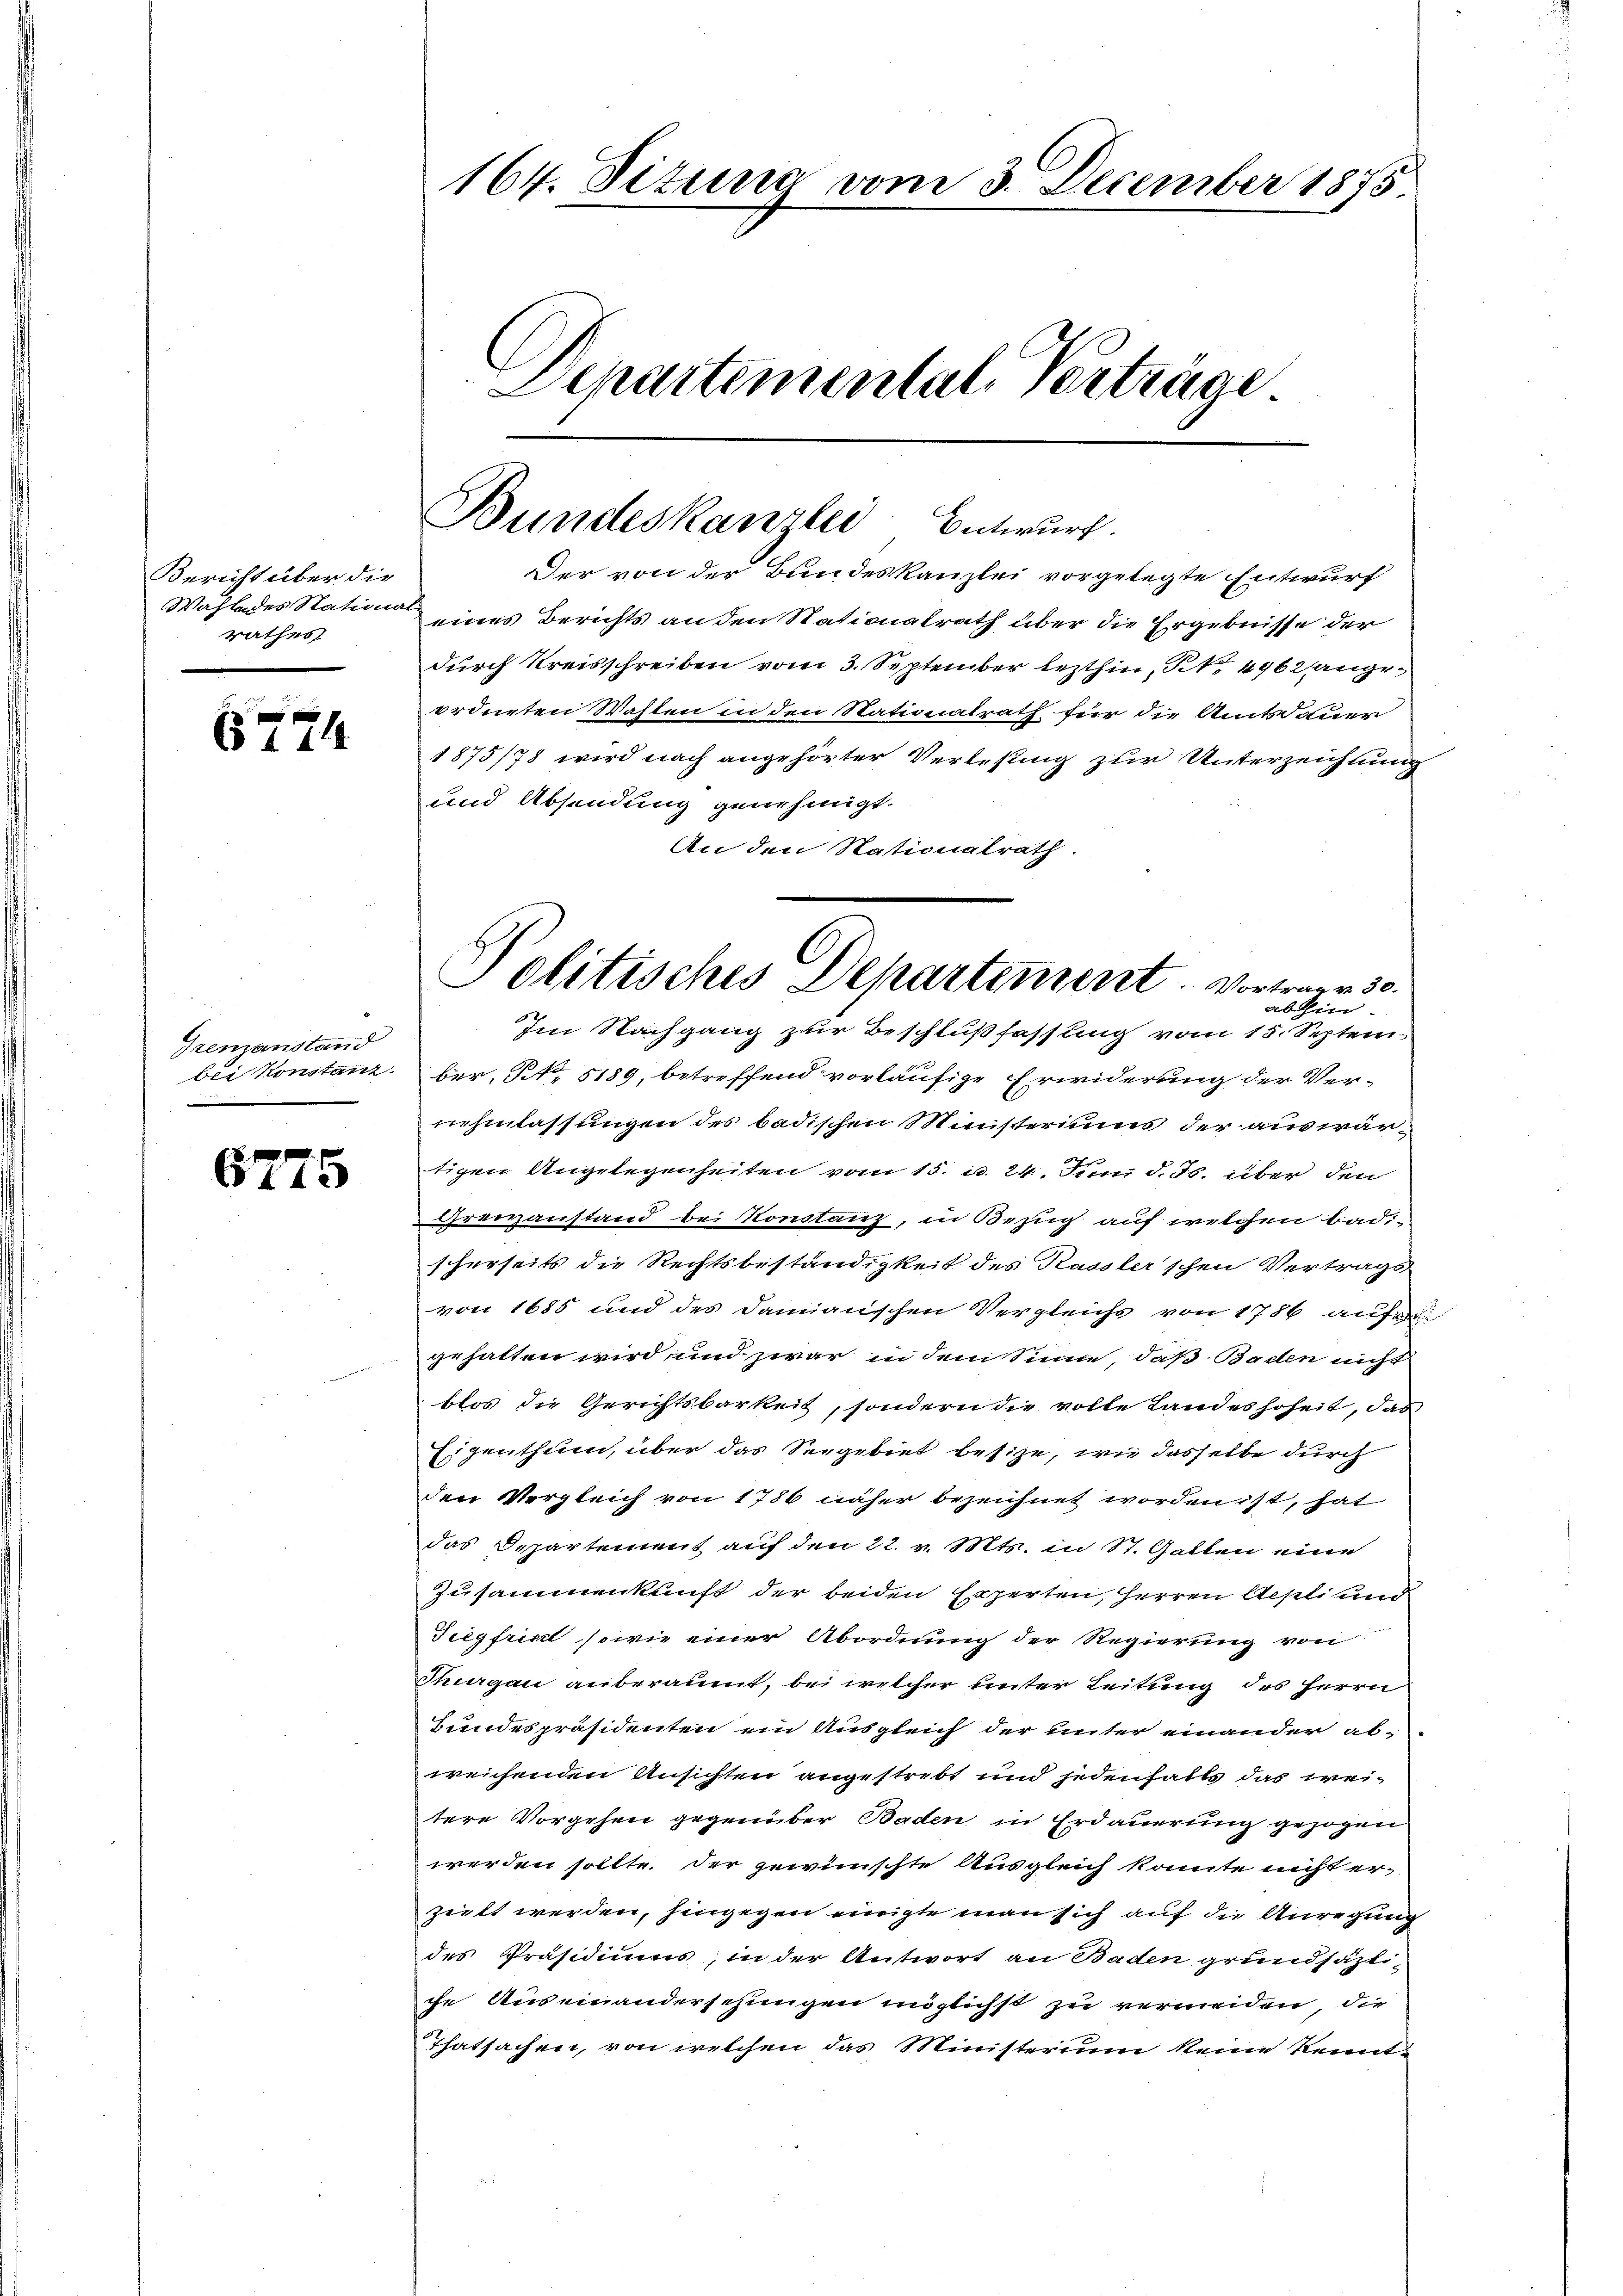
Bericht über die
Wahl des Stational-
rathes

6774

Grenzanstand
bei Konstanz.

6775

164. Tituma vom 3. December 1875
Departemental-Verträge

Bundeskanzlei Entwurf.

Der von der Bundeskanzlei vorgelegte Entwurf
eines Berichts an den Stationalrath über die Ergebnisse der
durch Kreisschreiben vom 3. September lezthin, S. 496 angeordneten Wahlen in den Stationalrath für die Amtsdauer
1875/78 wird nach angehörter Verlesung zur Unterzeichnung
und Absendung genehmigt.
An den Nationalrath.
ber, No 5189, betreffend vorläufige Erwiderung der Ver-
nehmlassungen des badischen Ministeriums der auswärtigen Angelegenheiten vom 15. u. 24. Juni d. Js. über den
Grenzanstand bei Konstanz, in Bezug auf welchen badi-
scherseits die Rechtsbeständigkeit des Kassler’schen Vertrags
von 1685 und des Damianschen Vergleichs von 1786 auf
gehalten wird, und zwar in dem Sinne, daß Baden nicht
blos die Gerichtsbarkeit, sondern die volle Landeshoheit, das
Eigenthum, über das Seegebiet besize, wie dasselbe durch
den Vergleich von 1786 näher bezeichnet worden ist, hat
das Departement auf den 22. v. Mts. in St. Gatten eine
Zusammenkunft der beiden Experten, Herren Aepli und
Siegfrint, sowie einer Abordnung der Regierung von
Thurgau anberaumt, bei welcher unter Leitung des Herrn
Bundespräsidenten ein Ausgleich der unter einander abweichenden Ansichten angestrebt und jedenfalls das weitere Vorgehen gegenüber Baden in Erdauerung gezogen
werden sollte. Der gewünschte Ausgleich konnte nicht erzielt werden, hingegen einigte man sich auf die Anregung
des Präsidiums, in der Antwort an Baden grundsätti-
che Auseinandersehungen möglichst zu vermeiden, die
Thatsachen, von welchen das Ministerium keine kennte

Politisches Departement. Vortragen 30.
abhin
Im Nachgang zur Beschlußfassung vom 15. Septem-